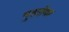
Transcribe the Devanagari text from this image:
मुहईया